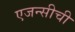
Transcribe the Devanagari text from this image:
एजन्सीची